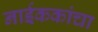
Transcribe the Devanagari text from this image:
नाईककांचा